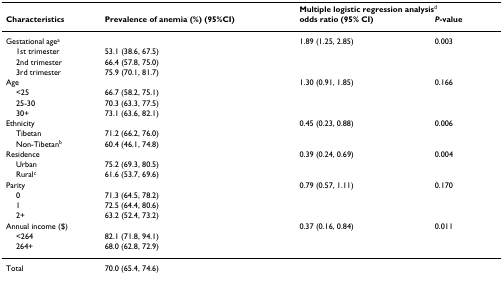
<table><thead><tr><td></td><td></td><td colspan="2"><b>Multiple logistic regression analysis<sup>d</sup></b></td></tr><tr><td><b>Characteristics</b></td><td><b>Prevalence of anemia (%) (95%CI)</b></td><td><b>odds ratio (95% CI)</b></td><td><b><i>P</i>-value</b></td></tr></thead><tbody><tr><td>Gestational age<sup>a</sup></td><td></td><td>1.89 (1.25, 2.85)</td><td>0.003</td></tr><tr><td> 1st trimester</td><td>53.1 (38.6, 67.5)</td><td></td><td></td></tr><tr><td> 2nd trimester</td><td>66.4 (57.8, 75.0)</td><td></td><td></td></tr><tr><td> 3rd trimester</td><td>75.9 (70.1, 81.7)</td><td></td><td></td></tr><tr><td>Age</td><td></td><td>1.30 (0.91, 1.85)</td><td>0.166</td></tr><tr><td> &lt;25</td><td>66.7 (58.2, 75.1)</td><td></td><td></td></tr><tr><td> 25-30</td><td>70.3 (63.3, 77.5)</td><td></td><td></td></tr><tr><td> 30+</td><td>73.1 (63.6, 82.1)</td><td></td><td></td></tr><tr><td>Ethnicity</td><td></td><td>0.45 (0.23, 0.88)</td><td>0.006</td></tr><tr><td> Tibetan</td><td>71.2 (66.2, 76.0)</td><td></td><td></td></tr><tr><td> Non-Tibetan<sup>b</sup></td><td>60.4 (46.1, 74.8)</td><td></td><td></td></tr><tr><td>Residence</td><td></td><td>0.39 (0.24, 0.69)</td><td>0.004</td></tr><tr><td> Urban</td><td>75.2 (69.3, 80.5)</td><td></td><td></td></tr><tr><td> Rural<sup>c</sup></td><td>61.6 (53.7, 69.6)</td><td></td><td></td></tr><tr><td>Parity</td><td></td><td>0.79 (0.57, 1.11)</td><td>0.170</td></tr><tr><td> 0</td><td>71.3 (64.5, 78.2)</td><td></td><td></td></tr><tr><td> 1</td><td>72.5 (64.4, 80.6)</td><td></td><td></td></tr><tr><td> 2+</td><td>63.2 (52.4, 73.2)</td><td></td><td></td></tr><tr><td>Annual income ($)</td><td></td><td>0.37 (0.16, 0.84)</td><td>0.011</td></tr><tr><td> &lt;264</td><td>82.1 (71.8, 94.1)</td><td></td><td></td></tr><tr><td> 264+</td><td>68.0 (62.8, 72.9)</td><td></td><td></td></tr><tr><td>Total</td><td>70.0 (65.4, 74.6)</td><td></td><td></td></tr></tbody></table>